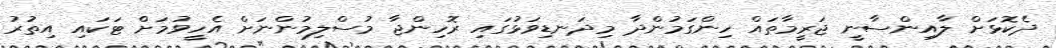
ދެކޮޅަށް ލާއިންސާނީ ޖަރީމާތައް ހިންގަމުންދާ މިދަނޑިވަޅުގައި ރޮހިންޖާ މުސްލިމުންނަށް އެހީވުމަށް ޓަކައި އިތުރު